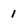
Character: 1